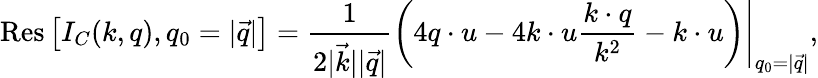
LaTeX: \mathrm{Res}\left[I_{C}(k,q),q_{0}=|\vec{q}|\right]=\frac{1}{2|\vec{k}||\vec{q}|}\left.\left(4q\cdot u-4k\cdot u\frac{k\cdot q}{k^{2}}-k\cdot u\right)\right|_{q_{0}=|\vec{q}|},